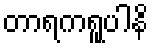
တာရကရူပါနိ